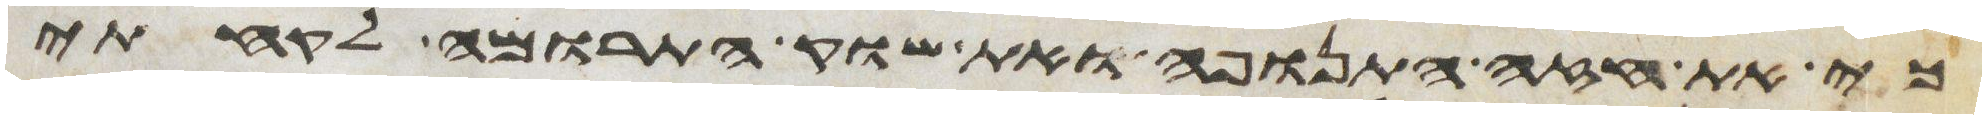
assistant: כי את חזה התנופה ואת שוק התרומה לקחתי